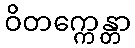
ဝိတက္ကေန္တာ